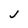
Character: J